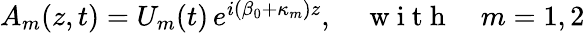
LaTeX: \begin{array}{r}{A_{m}(z,t)=U_{m}(t)\, e^{i(\beta_{0}+\kappa_{m})z},\quad\mathrm{~w~i~t~h~}\quad m=1,2}\end{array}